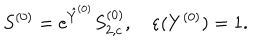
LaTeX: S ^ { ( 0 ) } = e ^ { \hat { Y } ^ { ( 0 ) } } S _ { 2 , c } ^ { ( 0 ) } , \quad \varepsilon ( Y ^ { ( 0 ) } ) = 1 .